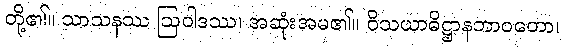
တို့၏။ သာသနဿ ဩဝါဒဿ၊ အဆုံးအမ၏။ ဝိသယာဓိဋ္ဌာနဘာဝတော၊